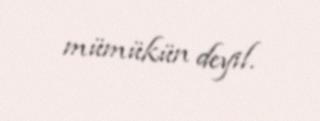
mümükün deyil.